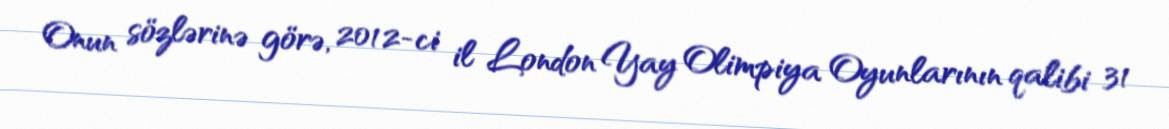
Onun sözlərinə görə, 2012-ci il London Yay Olimpiya Oyunlarının qalibi 31